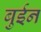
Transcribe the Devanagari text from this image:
बुईन